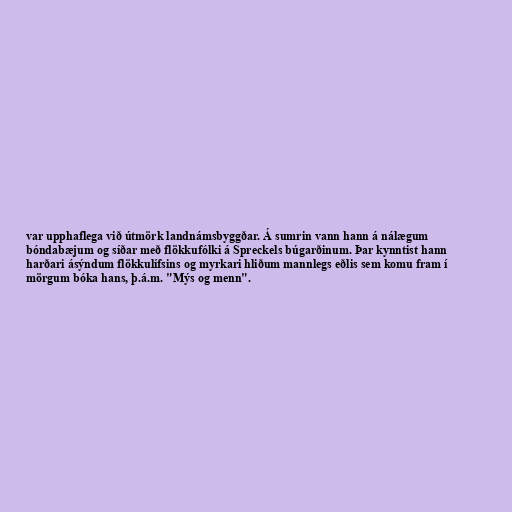
var upphaflega við útmörk landnámsbyggðar. Á sumrin vann hann á nálægum
bóndabæjum og síðar með flökkufólki á Spreckels búgarðinum. Þar kynntist hann
harðari ásýndum flökkulífsins og myrkari hliðum mannlegs eðlis sem komu fram í
mörgum bóka hans, þ.á.m. "Mýs og menn".